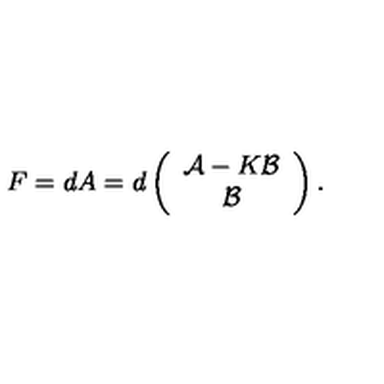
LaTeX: F = d A = d \left( \begin{array} { c } { { \cal A } - K { \cal B } } \\ { { \cal B } } \\ \end{array} \right) .